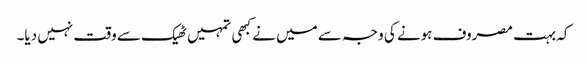
کہ بہت مصروف ہونے کی وجہ سے میں نے کبھی تمہیں ٹھیک سے وقت نہیں دیا۔